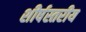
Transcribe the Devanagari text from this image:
शीर्षस्तरीय